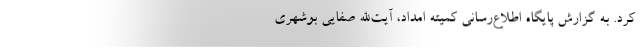
کرد. به گزارش پایگاه اطلاع‌رسانی کمیته امداد، آیت‌الله صفایی بوشهری